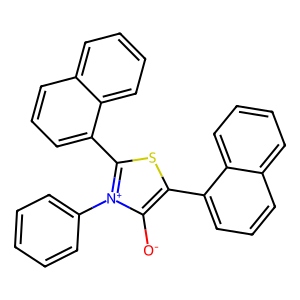
SMILES: [O-]c1c(-c2cccc3ccccc23)sc(-c2cccc3ccccc23)[n+]1-c1ccccc1
Inhibits HIV replication: No